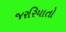
જરરિયાતો